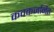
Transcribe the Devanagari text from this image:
कवकजनित